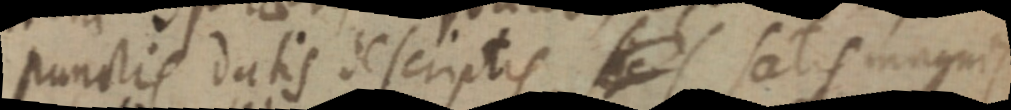
punctis datis descriptis _ satis magnis